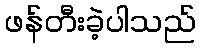
ဖန်တီးခဲ့ပါသည်